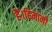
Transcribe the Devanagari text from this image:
हैं।हिमानी